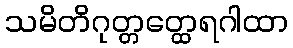
သမိတိဂုတ္တတ္ထေရဂါထာ